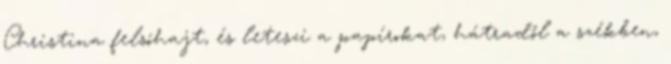
Christina felsóhajt, és leteszi a papírokat, hátradől a székben,